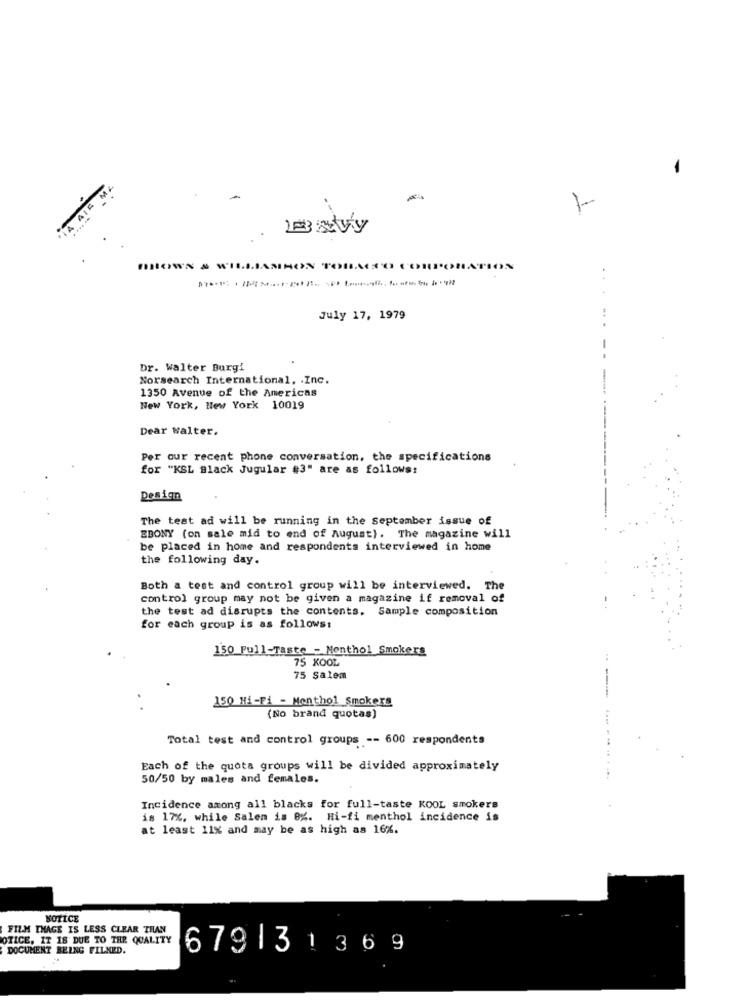
SHOWN
LIAMHON TOBACCO COI
. .
July 17, 1979
Dr. Walter Burgi
Norsearch International, Inc.
1350 Avenue of the Americas
New York, New York 10019
Dear walter.
Per our recent phone conversation, the specifications
for "KSL Black Jugular #3" are as follows:
Design
The test ad will be running in the September issue of
EBONY (on sale mid to end of August). The magazine will
be placed in home and respondents interviewed in home
the following day.
Both a test and control group will be interviewed. The
control group may not be given a magazine if removal of
the test ad disrupts the contents. Sample composition
for each group is as follows:
150 Pull-Taste - Menthol Smokers
75 KOOL
75 Salem
150 Hi-Fi - Menthol Smokers
(No brand quotas)
Total test and control groups -- 600 respondents
Each of the quota groups will be divided approximately
50/50 by males and females.
Incidence among all blacks for full-taste KOOL smokers
is 17%, while Salen is 8%. Hi-fi menthol incidence is
at least 11% and may be as high as 16%.
NOTICE
FILM IMAGE IS LESS CLEAR THAN
OTICE, IT IS DUE TO THE QUALITY
DOCUMENT BEING FILMED.
6791 31369